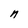
Character: n